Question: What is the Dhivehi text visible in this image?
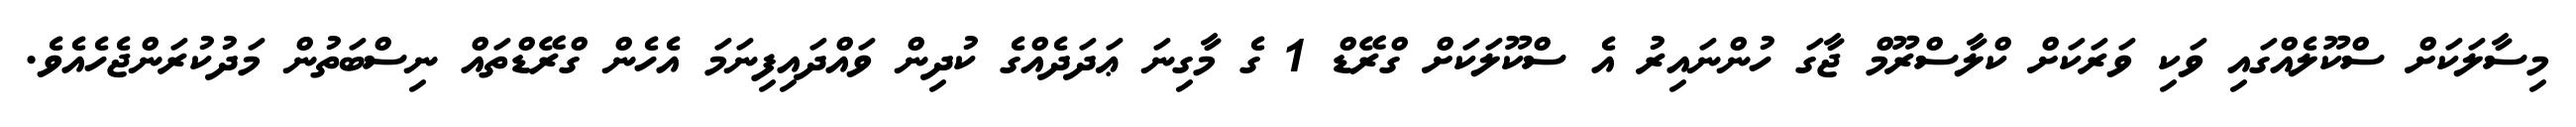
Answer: މިސާލަކަށް ސްކޫލެއްގައި ވަކި ވަރަކަށް ކްލާސްރޫމް ޖާގަ ހުންނައިރު އެ ސްކޫލަކަށް ގްރޭޑް 1 ގެ މާގިނަ ޢަދަދެއްގެ ކުދިން ވައްދައިފިނަމަ އެހެން ގްރޭޑްތައް ނިސްބަތުން މަދުކުރަންޖެހެއެވެ.